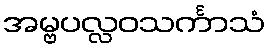
အမ္ဗပလ္လဝသင်္ကာသံ